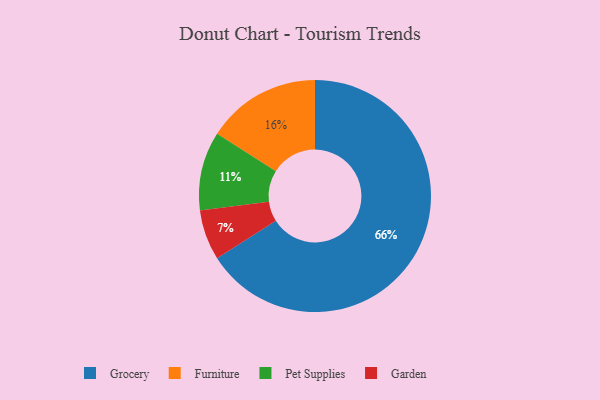
{"axis": {"x": "Category", "y": "Percentage"}, "legend": ["Furniture", "Garden", "Grocery", "Pet Supplies"], "data": [{"x": "Garden", "y": 7, "type": "Garden"}, {"x": "Pet Supplies", "y": 11, "type": "Pet Supplies"}, {"x": "Furniture", "y": 16, "type": "Furniture"}, {"x": "Grocery", "y": 66, "type": "Grocery"}]}